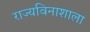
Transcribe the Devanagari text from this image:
राज्यविनाशाला